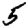
Digit: 5